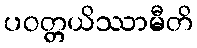
ပဝတ္တယိဿာမီတိ